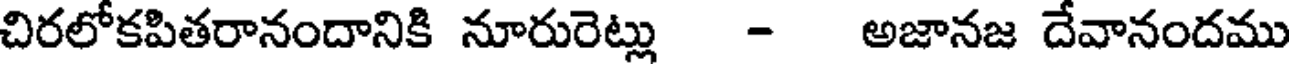
చిరలోకపితరానందానికి నూరురెట్లు - అజానజ దేవానందము